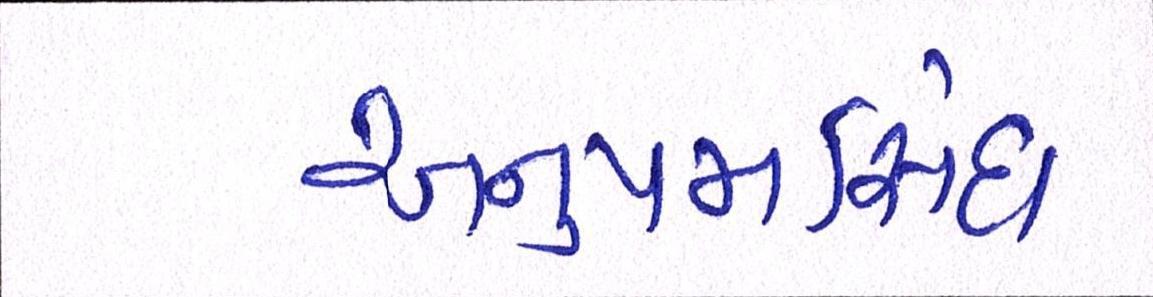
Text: અનુપમસિંઘ